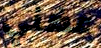
عضني